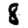
Digit: 8